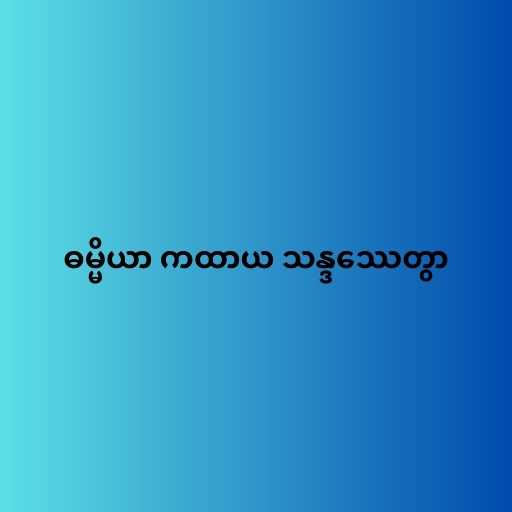
ဓမ္မိယာ ကထာယ သန္ဒဿေတွာ